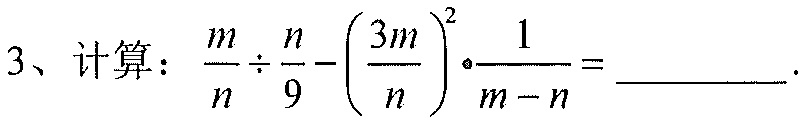
3、计算：\(\frac{m}{n}\div\frac{n}{9}-\left(\frac{3m}{n}\right)^{2}\cdot\frac{1}{m - n}= \_\_\_\).